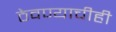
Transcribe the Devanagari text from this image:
ठेवण्याचीही